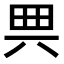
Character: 𠔓